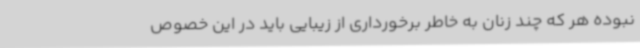
نبوده هر که چند زنان به خاطر برخورداری از زیبایی باید در این خصوص